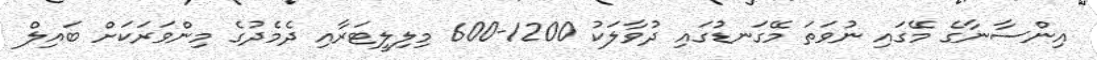
އިންސާނާގެ މޭގައި ނުވަތަ މޭގަނޑުގައި ދުވާލަކު 1200-600 މިލިލީޓަރާއި ދެމެދުގެ މިންވަރަކަށް ބައިލް